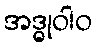
အဒ္ဓုဝါဝ